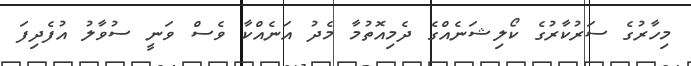
މިހާރުގެ ސަރުކާރުގެ ކޯލިޝަނެއްގެ ދެމިއޮތުމާ މެދު އަނެއްކާ ވެސް ވަނީ ސުވާލު އުފެދިފަ